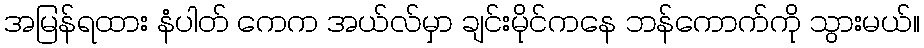
အမြန်ရထား နံပါတ် ကေက အယ်လ်မှာ ချင်းမိုင်ကနေ ဘန်ကောက်ကို သွားမယ်။